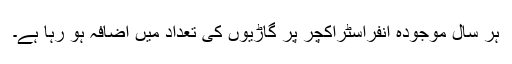
ہر سال موجودہ انفراسٹراکچر پر گاڑیوں کی تعداد میں اضافہ ہو رہا ہے۔